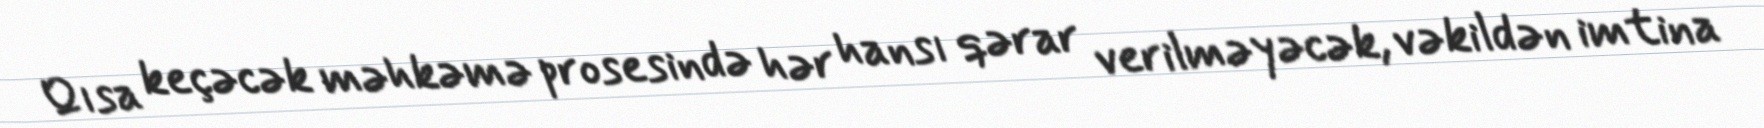
Qısa keçəcək məhkəmə prosesində hər hansı qərar verilməyəcək, vəkildən imtina